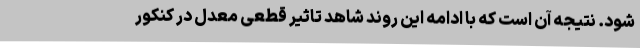
شود. نتیجه آن است که با ادامه این روند شاهد تاثیر قطعی معدل در کنکور